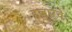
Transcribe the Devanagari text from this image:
हज़ारवे